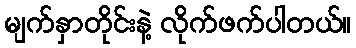
မျက်နှာတိုင်းနဲ့ လိုက်ဖက်ပါတယ်။